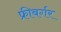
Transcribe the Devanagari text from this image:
फ्रीबर्गर